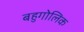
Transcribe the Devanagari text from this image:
बहुगोलिक